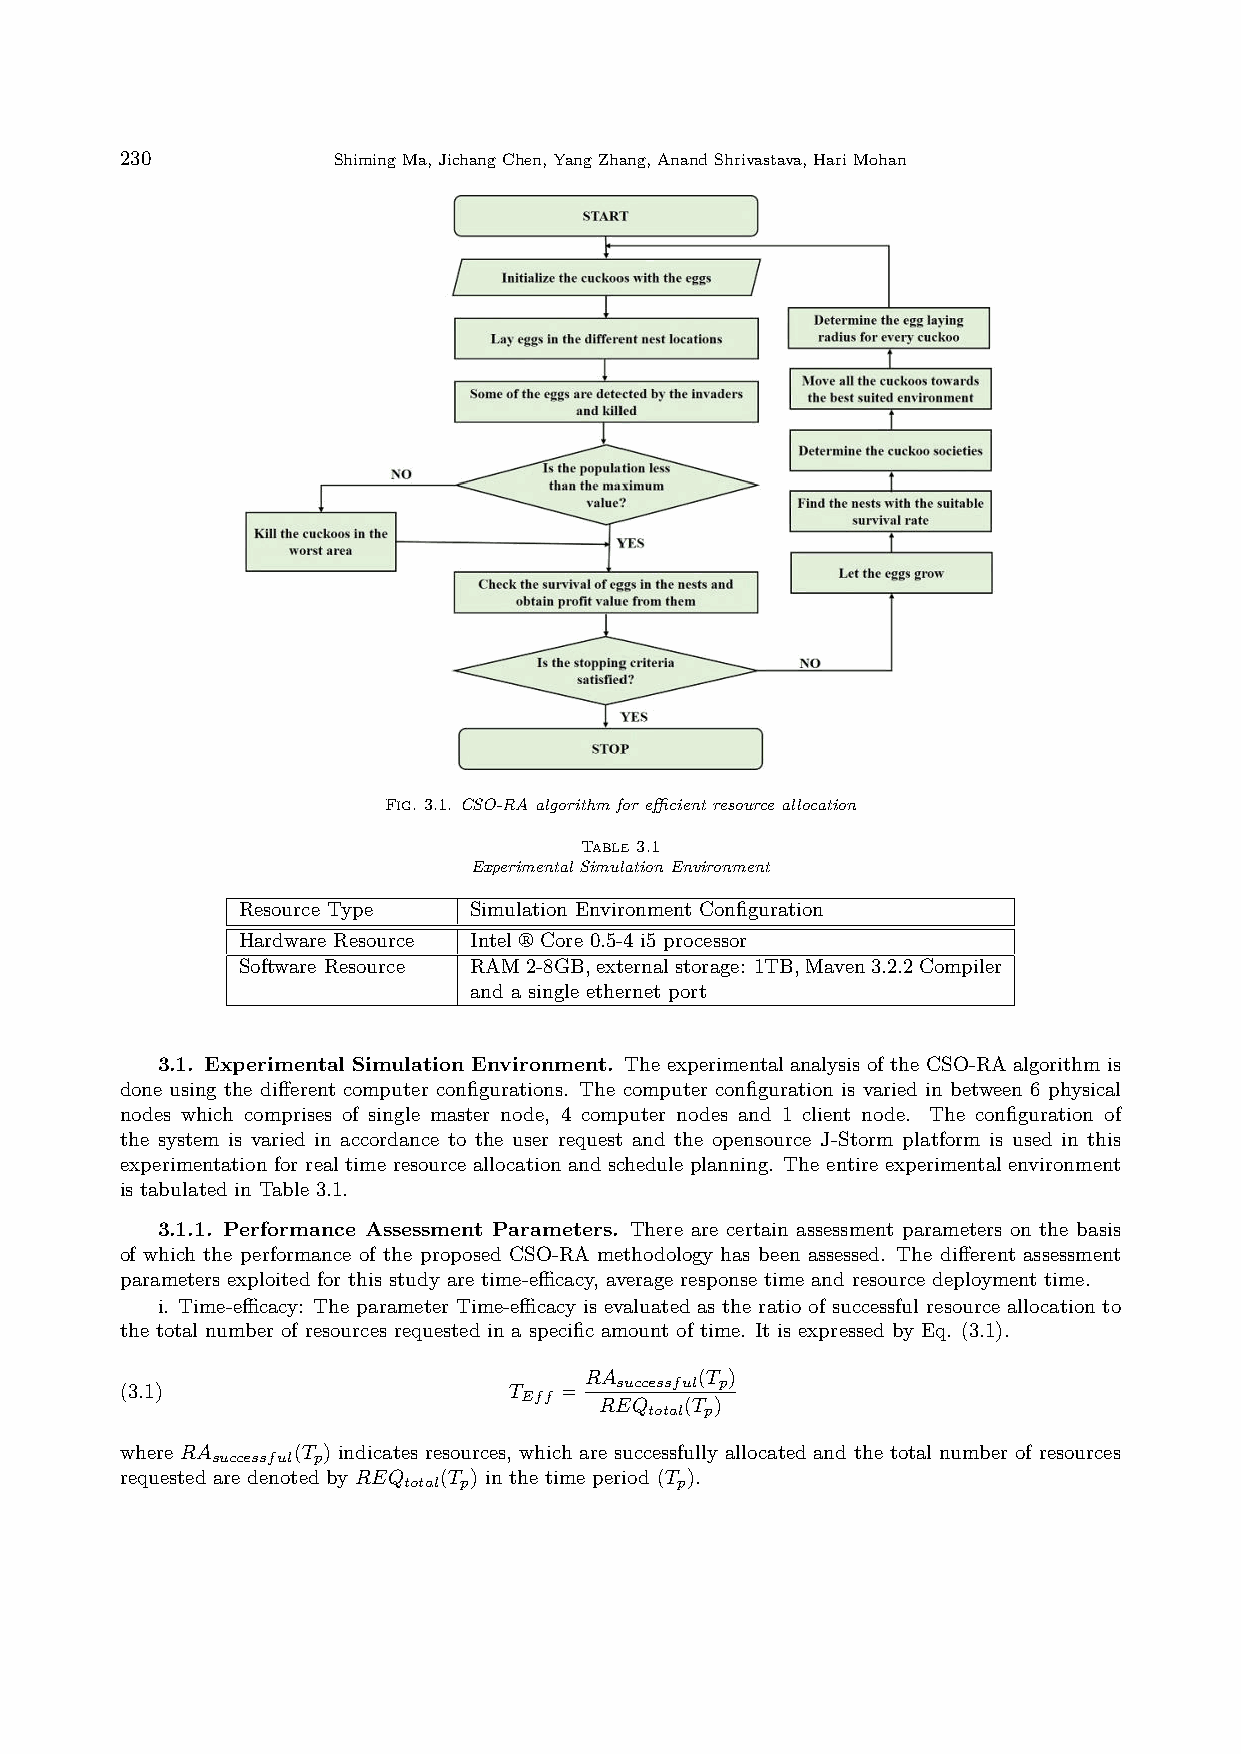
230           ShimingMa,JichangChen,YangZhang,AnandShrivastava,HariMohan
 Fig. 3.1. CSO-RA algorithm for eﬀicient resource allocation
 Table 3.1
 Experimental Simulation Environment
 Resource Type  Simulation Environment Configuration
 Hardware Resource Intel ® Core 0.5-4 i5 processor
 Software Resource RAM2-8GB,externalstorage: 1TB,Maven3.2.2Compiler
 and a single ethernet port
 3.1. Experimental Simulation Environment. The experimental analysis of the CSO-RA algorithm is
 done using the different computer configurations. The computer configuration is varied in between 6 physical
 nodes which comprises of single master node, 4 computer nodes and 1 client node. The configuration of
 the system is varied in accordance to the user request and the opensource J-Storm platform is used in this
 experimentation for real time resource allocation and schedule planning. The entire experimental environment
 is tabulated in Table 3.1.
 3.1.1. Performance Assessment Parameters. There are certain assessment parameters on the basis
 of which the performance of the proposed CSO-RA methodology has been assessed. The different assessment
 parameters exploited for this study are time-eﬀicacy, average response time and resource deployment time.
 i. Time-eﬀicacy: The parameter Time-eﬀicacy is evaluated as the ratio of successful resource allocation to
 the total number of resources requested in a specific amount of time. It is expressed by Eq. (3.1).
 RA     (T )
 successful p
 (3.1)                     T  =
 Eff
 REQ  (T )
 total p
 where RA   (T ) indicates resources, which are successfully allocated and the total number of resources
 successful p
 requested are denoted by REQ (T ) in the time period (T ).
 total p           p